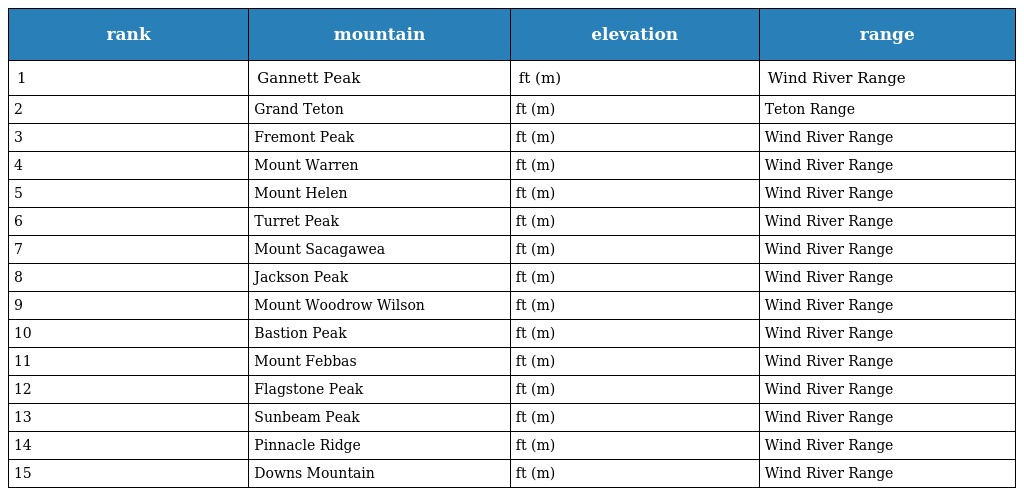
| rank | mountain | elevation | range |
 | --- | --- | --- | --- |
 | 1 | Gannett Peak | ft (m) | Wind River Range |
 | 2 | Grand Teton | ft (m) | Teton Range |
 | 3 | Fremont Peak | ft (m) | Wind River Range |
 | 4 | Mount Warren | ft (m) | Wind River Range |
 | 5 | Mount Helen | ft (m) | Wind River Range |
 | 6 | Turret Peak | ft (m) | Wind River Range |
 | 7 | Mount Sacagawea | ft (m) | Wind River Range |
 | 8 | Jackson Peak | ft (m) | Wind River Range |
 | 9 | Mount Woodrow Wilson | ft (m) | Wind River Range |
 | 10 | Bastion Peak | ft (m) | Wind River Range |
 | 11 | Mount Febbas | ft (m) | Wind River Range |
 | 12 | Flagstone Peak | ft (m) | Wind River Range |
 | 13 | Sunbeam Peak | ft (m) | Wind River Range |
 | 14 | Pinnacle Ridge | ft (m) | Wind River Range |
 | 15 | Downs Mountain | ft (m) | Wind River Range |